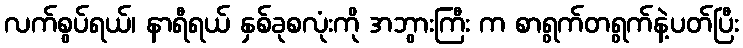
လက်စွပ်ရယ်၊ နာရီရယ် နှစ်ခုစလုံးကို အဘွားကြီး က စာရွက်တရွက်နဲ့ပတ်ပြီး